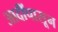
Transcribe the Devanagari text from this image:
आदींपासून